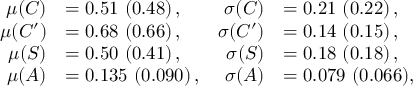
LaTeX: \begin{array} { r l r l } { { \mu ( C ) } } & { { = 0 . 5 1 \ ( 0 . 4 8 ) \, , } } & { { \sigma ( C ) } } & { { = 0 . 2 1 \ ( 0 . 2 2 ) \, , } } \\ { { \mu ( C ^ { \prime } ) } } & { { = 0 . 6 8 \ ( 0 . 6 6 ) \, , } } & { { \sigma ( C ^ { \prime } ) } } & { { = 0 . 1 4 \ ( 0 . 1 5 ) \, , } } \\ { { \mu ( S ) } } & { { = 0 . 5 0 \ ( 0 . 4 1 ) \, , } } & { { \sigma ( S ) } } & { { = 0 . 1 8 \ ( 0 . 1 8 ) \, , } } \\ { { \mu ( A ) } } & { { = 0 . 1 3 5 \ ( 0 . 0 9 0 ) \, , } } & { { \sigma ( A ) } } & { { = 0 . 0 7 9 \ ( 0 . 0 6 6 ) , } } \end{array}